Parnu-Viljandi_kinnistusamet, lk 79
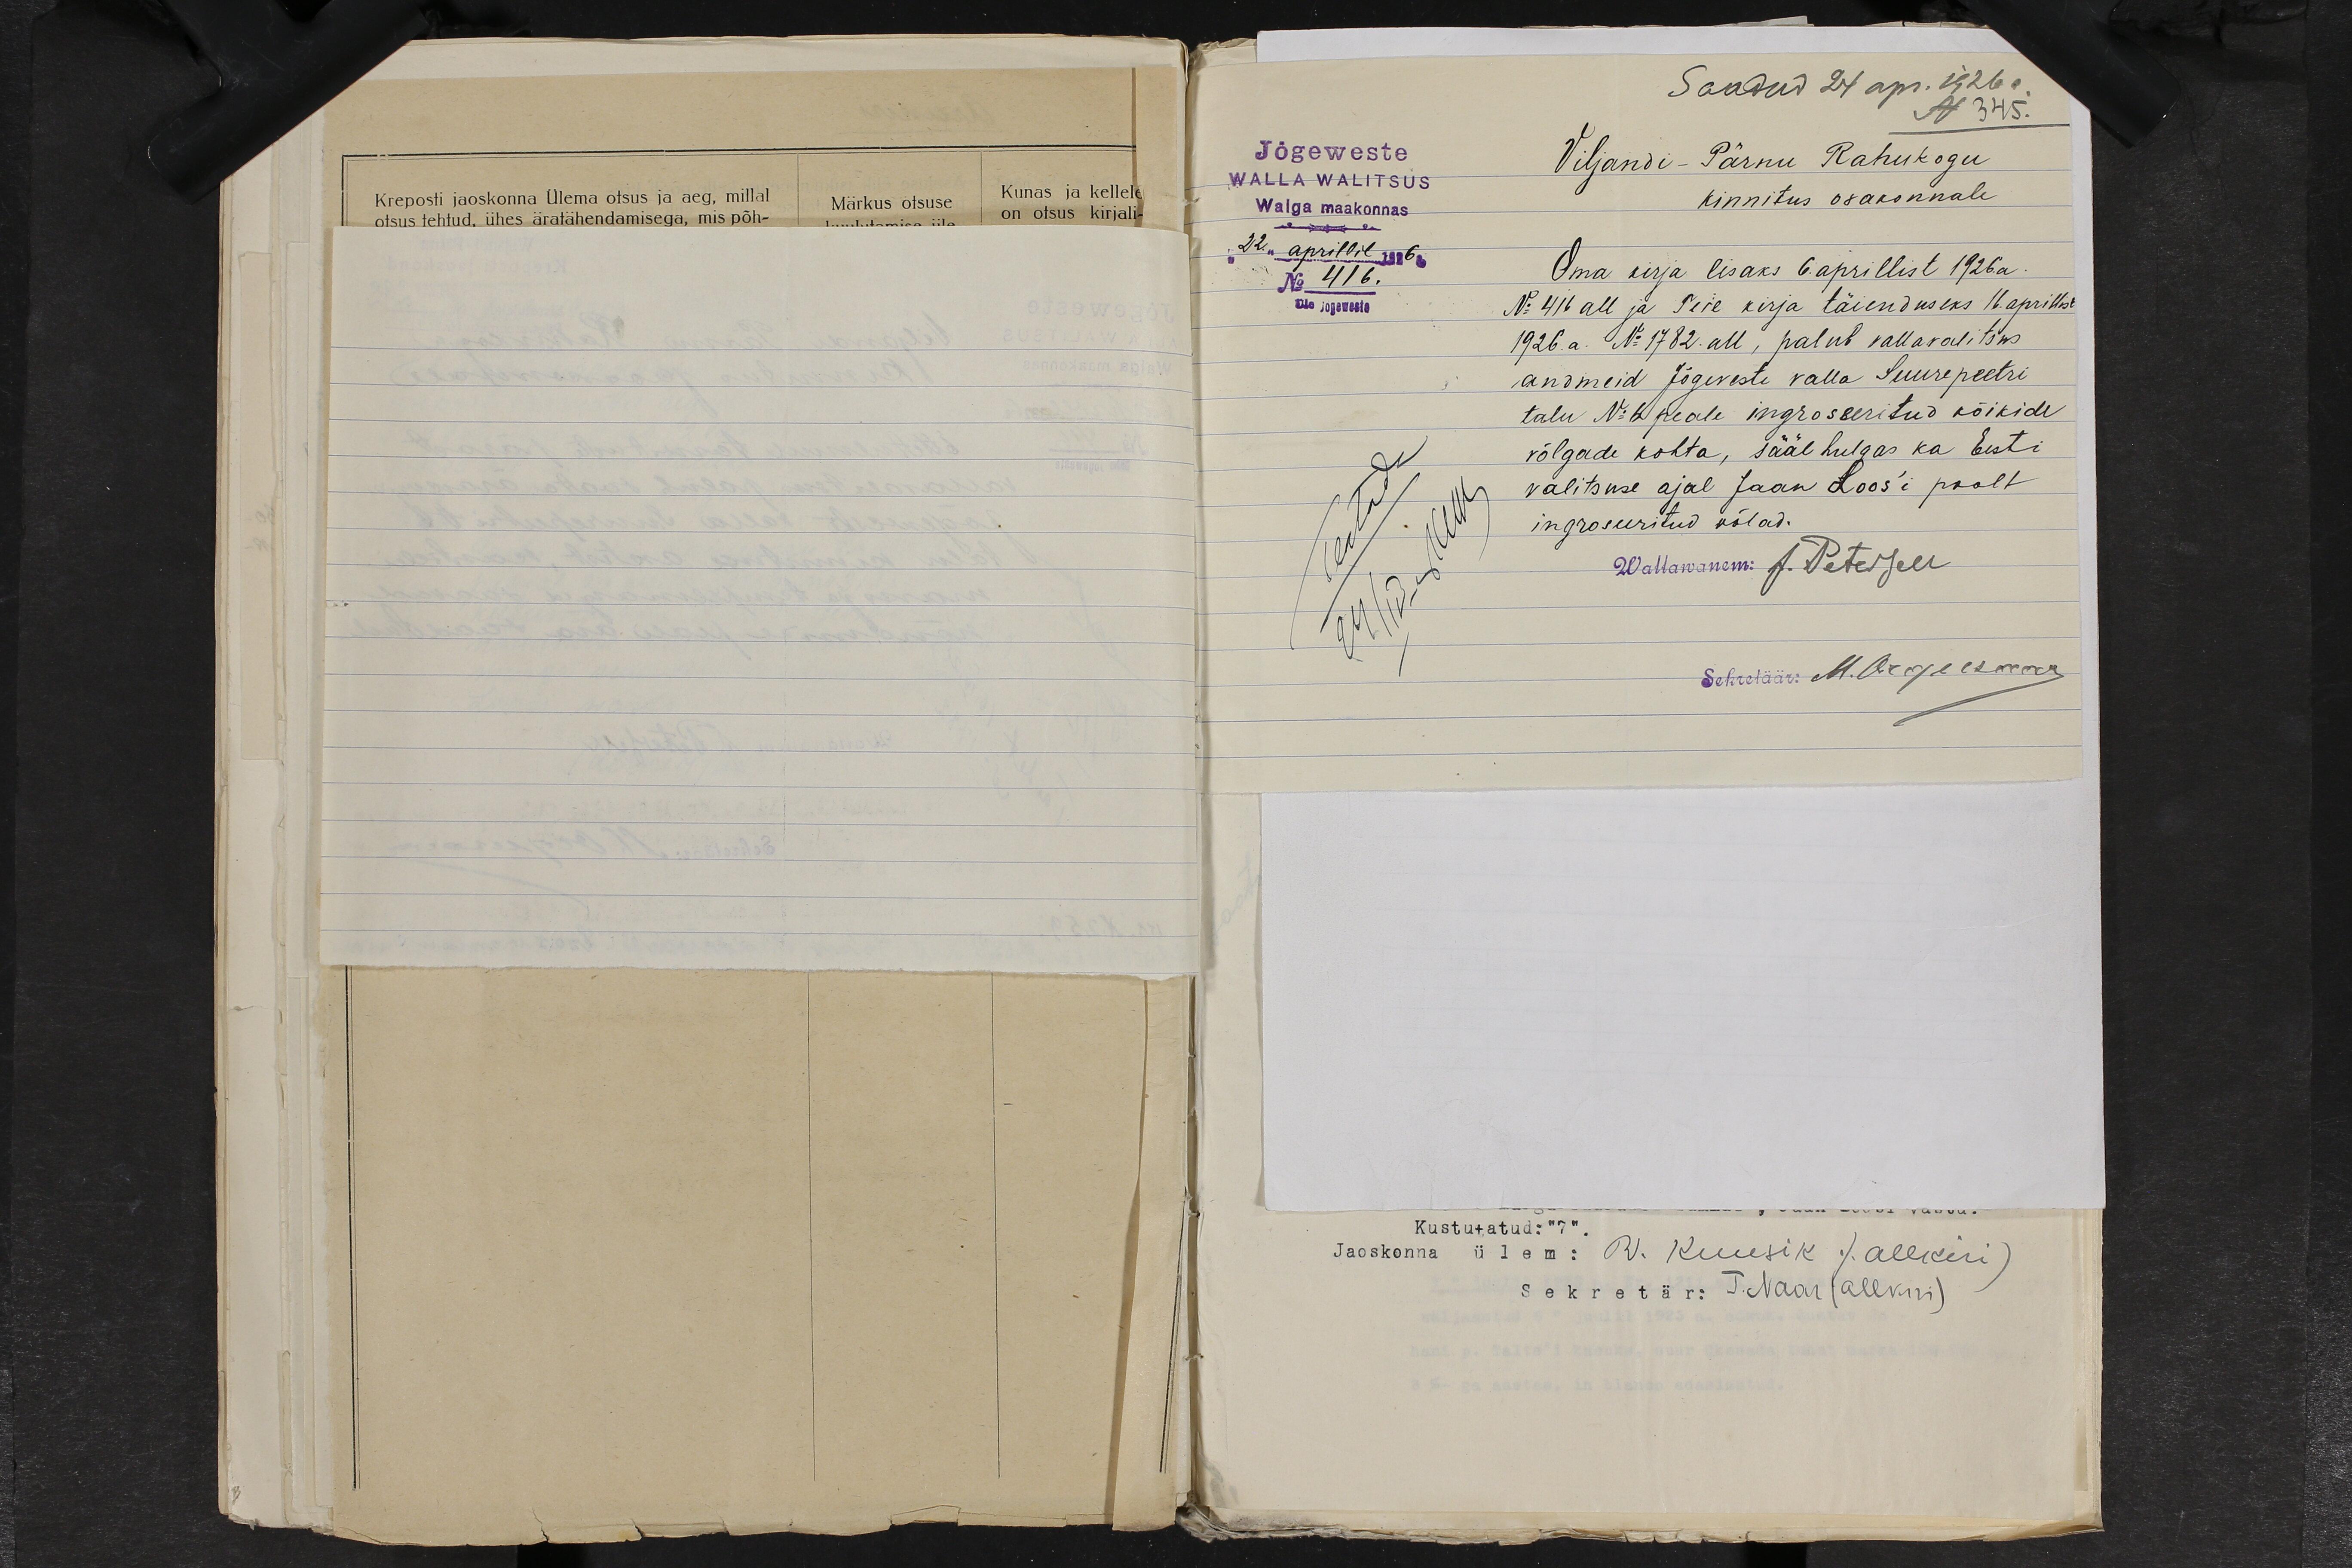
Saadud 24 apr. 1926 a.
N 345.
Jõgeweste
WALLA WALITSUS
Walga maakonnas
"22" aprillil 1926a
No 416.
Üle jogeweste
Viljandi-Pärnu Rahukogu
kinnitus osakonnale
Oma kirja lisaks 6. aprillist 1926. a.
No 416 all ja Teie kirja täienduseks 16. aprillist
1926. a. No 1782. all, palub vallavalitsus
andmeid Jõgeveste valla Suurepeetri
talu No 6 peale ingroseeritud kõikide
võlgade kohta, sääl hulgas ka Eesti
valitsuse ajal Jaan Loos'i poolt
ingroseeritud võlad.
Teatada
24/IV 1926
Wallawanem: J. Petersen
Sekretäär: M. Orgusaar

Kustutatud: "7 ".
Jaoskonna ülem: R. Kuusik (allkiri)
Sekretär: T. Naar (allkiri)